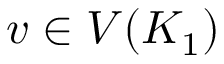
v \in V ( K _ { 1 } )